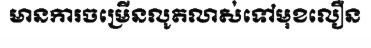
មានការចម្រើនលូតលាស់ទៅមុខលឿន